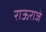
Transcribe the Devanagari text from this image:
राऊराजे